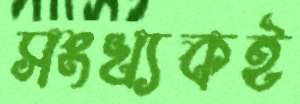
সংখ্যকই